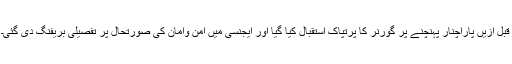
قبل ازیں پاراچنار پہنچنے پر گورنر کا پرتپاک استقبال کیا گیا اور ایجنسی میں امن وامان کی صورتحال پر تفصیلی بریفنگ دی گئی۔